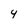
Character: 4